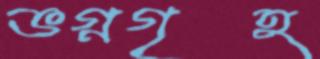
ভগ্নগৃহ